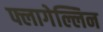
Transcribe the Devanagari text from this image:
फ्लागेल्लिन